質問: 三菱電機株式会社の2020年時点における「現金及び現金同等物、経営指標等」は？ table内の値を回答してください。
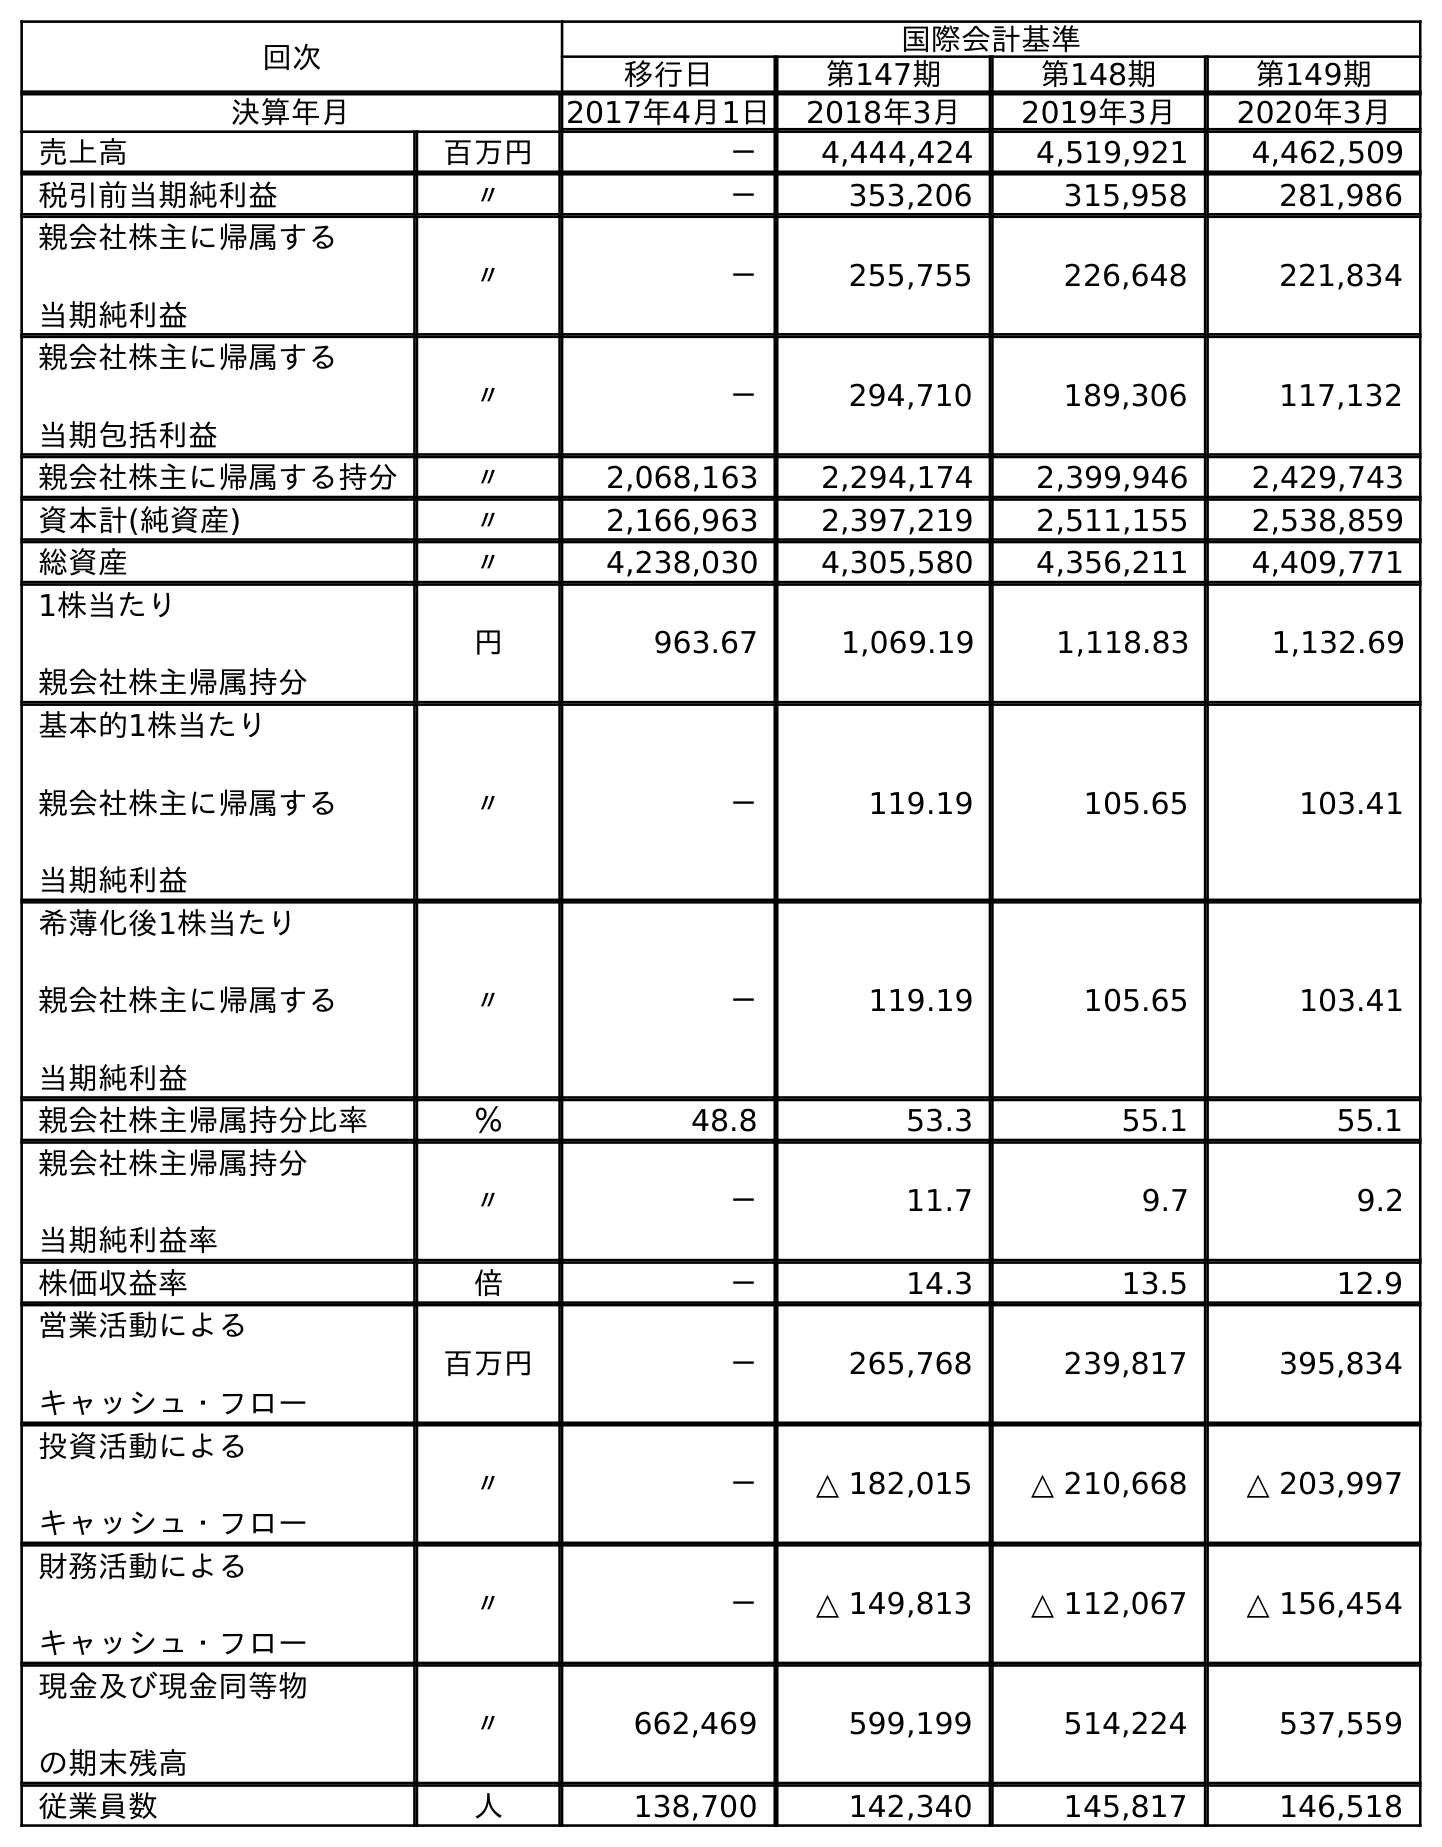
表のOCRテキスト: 回次 国際会計基準 移行日 第147期 第148期 第149期 決算年月 2017年4月1日 2018年3月 2019年3月 2020年3月 売上高 百万円 － 4,444,424 4,519,921 4,462,509 税引前当期純利益 〃 － 353,206 315,958 281,986 親会社株主に帰属する 当期純利益 〃 － 255,755 226,648 221,834 親会社株主に帰属する 当期包括利益 〃 － 294,710 189,306 117,132 親会社株主に帰属する持分 〃 2,068,163 2,294,174 2,399,946 2,429,743 資本計(純資産) 〃 2,166,963 2,397,219 2,511,155 2,538,859 総資産 〃 4,238,030 4,305,580 4,356,211 4,409,771 1株当たり 親会社株主帰属持分 円 963.67 1,069.19 1,118.83 1,132.69 基本的1株当たり 親会社株主に帰属する 当期純利益 〃 － 119.19 105.65 103.41 希薄化後1株当たり 親会社株主に帰属する 当期純利益 〃 － 119.19 105.65 103.41 親会社株主帰属持分比率 ％ 48.8 53.3 55.1 55.1 親会社株主帰属持分 当期純利益率 〃 － 11.7 9.7 9.2 株価収益率 倍 － 14.3 13.5 12.9 営業活動による キャッシュ・フロー 百万円 － 265,768 239,817 395,834 投資活動による キャッシュ・フロー 〃 － △ 182,015 △ 210,668 △ 203,997 財務活動による キャッシュ・フロー 〃 － △ 149,813 △ 112,067 △ 156,454 現金及び現金同等物 の期末残高 〃 662,469 599,199 514,224 537,559 従業員数 人 138,700 142,340 145,817 146,518
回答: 537,559